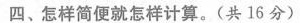
四、怎样简便就怎样计算。(共16分)